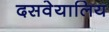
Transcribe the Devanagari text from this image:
दसवेयालिय